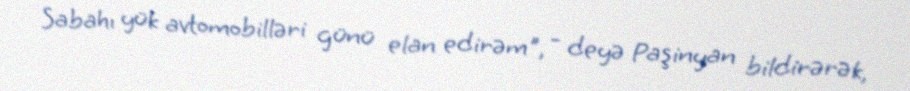
Sabahı yük avtomobilləri günü elan edirəm", - deyə Paşinyan bildirərək,